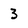
Character: 3